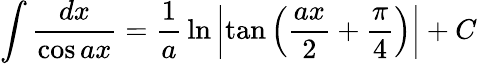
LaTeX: \int{\frac{dx}{\cos ax}}={\frac{1}{a}}\ln\left|\tan\left({\frac{ax}{2}}+{\frac{\pi}{4}}\right)\right|+C